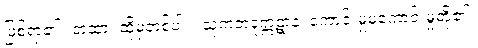
ဖြစ်ရာ၏။ တထာ၊ ထိုမှတစ်ပါး။ သုကတဒုက္ကဋာနံ၊ ကောင်းမှုမကောင်းမှုတို့၏။